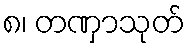
၈၊ တဏှာသုတ်